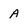
Character: A